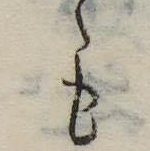
ゝも